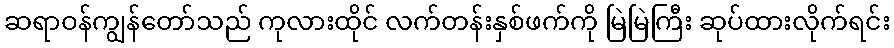
ဆရာဝန်ကျွန်တော်သည် ကုလားထိုင် လက်တန်းနှစ်ဖက်ကို မြဲမြဲကြီး ဆုပ်ထားလိုက်ရင်း